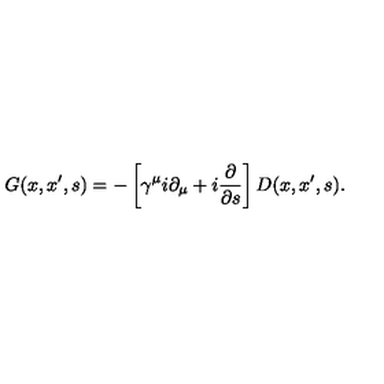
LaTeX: G ( x , x ^ { \prime } , s ) = - \left[ \gamma ^ { \mu } i \partial _ { \mu } + i \frac \partial { \partial s } \right] D ( x , x ^ { \prime } , s ) .